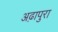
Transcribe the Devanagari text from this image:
अढ़ापुरा